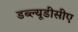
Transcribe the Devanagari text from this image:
डब्ल्यूडीसीए